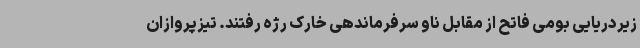
زیردریایی بومی فاتح از مقابل ناو سرفرماندهی خارک رژه رفتند. تیزپروازان